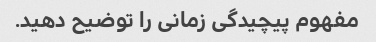
مفهوم پیچیدگی زمانی را توضیح دهید.